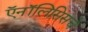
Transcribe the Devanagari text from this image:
ऍनॉलिसिसचे